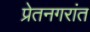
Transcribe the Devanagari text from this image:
प्रेतनगरांत